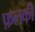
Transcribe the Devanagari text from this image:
फ़लकी